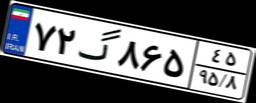
۹۱گ۳۶۸۱۷